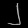
Digit: ၂